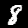
Label: 8